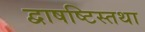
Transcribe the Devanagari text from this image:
द्वाषष्टिस्तथा